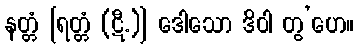
နတ္တံ [ရတ္တံ (ဋီ.)] ဒေါသော ဒိဝါ တွ’ဟေ။